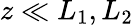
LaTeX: z\ll L_{1},L_{2}